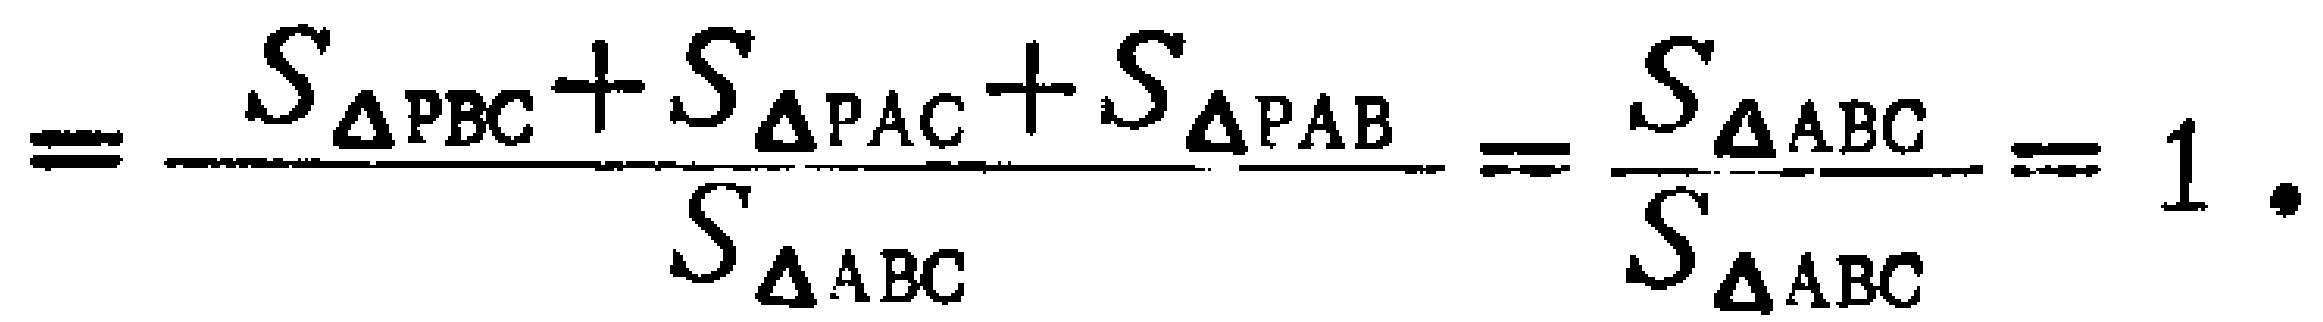
$=\frac{S_{\triangle PBC}+S_{\triangle PAC}+S_{\triangle PAB}}{S_{\triangle ABC}}=\frac{S_{\triangle ABC}}{S_{\triangle ABC}} = 1 .$